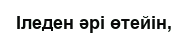
Ӏледен әрі өтейін,